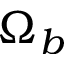
\Omega _ { b }